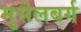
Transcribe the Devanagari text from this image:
मुसेलबर्ग